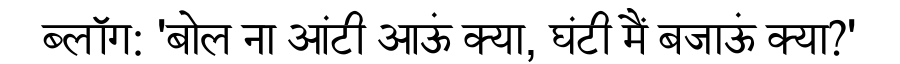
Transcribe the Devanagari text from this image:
ब्लॉग: 'बोल ना आंटी आऊं क्या, घंटी मैं बजाऊं क्या?'